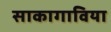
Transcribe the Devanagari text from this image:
साकागाविया